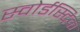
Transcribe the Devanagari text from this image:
स्वोर्डस्टिक